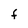
Character: F